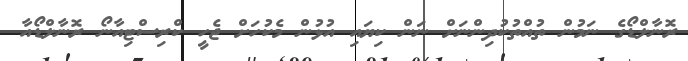
ރޮނާލްޑޯގެ ނަމުން ތުއްތުކުދިންނަށް ނަން ކިޔައި އުޅުން މެކުހަށް ޖެހީ ކްރިސްޓިއާނޯ ރޮނާލްޑޯއާ